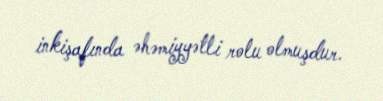
inkişafında əhəmiyyətli rolu olmuşdur.